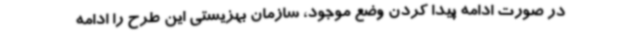
در صورت ادامه پیدا کردن وضع موجود، سازمان بهزیستی این طرح را ادامه